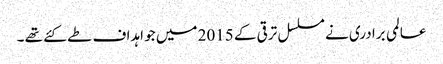
عالمی برادری نے مسلسل ترقی کے 2015 میں جو اہداف طے کئے تھے ۔